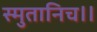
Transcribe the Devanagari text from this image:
स्मुतानिच।।